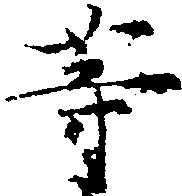
等